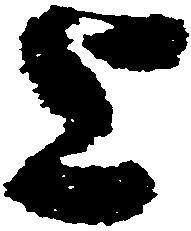
上